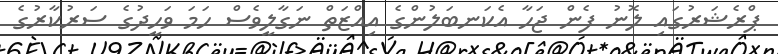
ޕްރެޝަރުގައި ލޮނު ފެން ޖަހާ އެކަނބަލުންގެ އިއްޒަތް ނަގާލީވެސް ހަމަ ވަހީދުގެ ސަރުކާރުގެ